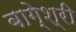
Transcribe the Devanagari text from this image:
बागे्श्री